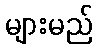
များမည်